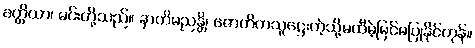
ခတ္တိယာ၊ မင်းတို့သည်။ နာတိမညန္တိ၊ ဇောတိကသူဋ္ဌေးကဲ့သို့မထီမဲ့မြင်မပြုနိုင်ကုန်။